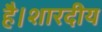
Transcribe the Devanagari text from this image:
है।शारदीय